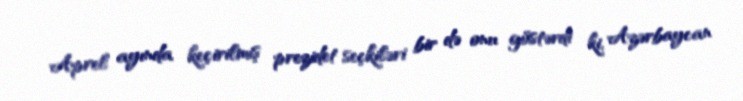
Aprel ayında keçirilmiş prezidet seçkiləri bir də onu göstərdi ki, Azərbaycan